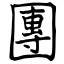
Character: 團